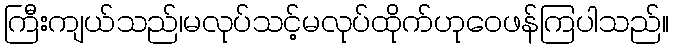
ကြီးကျယ်သည်၊မလုပ်သင့်မလုပ်ထိုက်ဟုဝေဖန်ကြပါသည်။